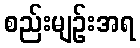
စည်းမျဉ်းအရ